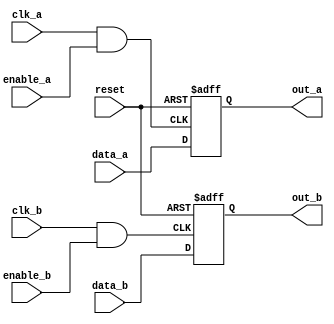
module memory_block (
    input wire clk_a,       // Clock for domain A
    input wire clk_b,       // Clock for domain B
    input wire enable_a,    // Enable signal for clock domain A
    input wire enable_b,    // Enable signal for clock domain B
    input wire reset,       // Global reset signal
    input wire [7:0] data_a, // Data input for domain A
    input wire [7:0] data_b, // Data input for domain B
    output reg [7:0] out_a,  // Data output for domain A
    output reg [7:0] out_b   // Data output for domain B
);

// Clock Gating Logic
wire gated_clk_a;
wire gated_clk_b;

assign gated_clk_a = clk_a & enable_a; // Clock gating for domain A
assign gated_clk_b = clk_b & enable_b; // Clock gating for domain B

// Memory Operations for Domain A
always @(posedge gated_clk_a or posedge reset) begin
    if (reset) begin
        out_a <= 8'b0; // Reset output for domain A
    end else begin
        out_a <= data_a; // Memory operation for domain A
    end
end

// Memory Operations for Domain B
always @(posedge gated_clk_b or posedge reset) begin
    if (reset) begin
        out_b <= 8'b0; // Reset output for domain B
    end else begin
        out_b <= data_b; // Memory operation for domain B
    end
end

// Synchronization Mechanism (Example: Dual Flip-Flop Synchronizer)
reg [7:0] sync_data_a;
reg [7:0] sync_data_b;

// Synchronizing data from domain A to domain B
always @(posedge clk_b or posedge reset) begin
    if (reset) begin
        sync_data_a <= 8'b0;
    end else begin
        sync_data_a <= out_a; // Synchronize output from A to B
    end
end

// Synchronizing data from domain B to domain A
always @(posedge clk_a or posedge reset) begin
    if (reset) begin
        sync_data_b <= 8'b0;
    end else begin
        sync_data_b <= out_b; // Synchronize output from B to A
    end
end

endmodule